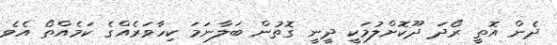
ދެން އޮތީ ރޯދަ ދޫކޮށްލުމަކީ ދީނީ ގޮތުން ބަލާނަމަ ކިހާވަރެއްގެ ކަމެއްތޯ އެވެ